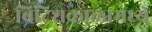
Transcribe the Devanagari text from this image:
ब्रिटिशकाळामध्ये